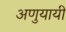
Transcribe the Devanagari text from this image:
अणुयायी